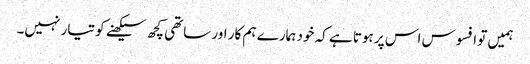
ہمیں تو افسوس اس پر ہوتا ہے کہ خود ہمارے ہم کار اور ساتھی کچھ سیکھنے کو تیار نہیں۔